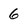
Character: 6